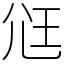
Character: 尩